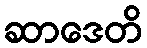
ဆာဒေတိ